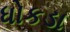
ધોકડા